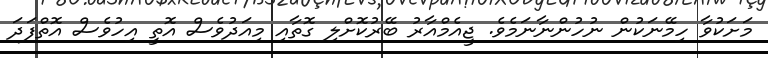
މަށަކުވާ ހިމޭނަކުން ނުހުންނާނަމެވެ. ޖީއެމްއާރު ބޭރުކޮށްލި ގޮތާއި މިއަދުވެސް އޮތީ އިހުވެސް އޮތްފަދަ